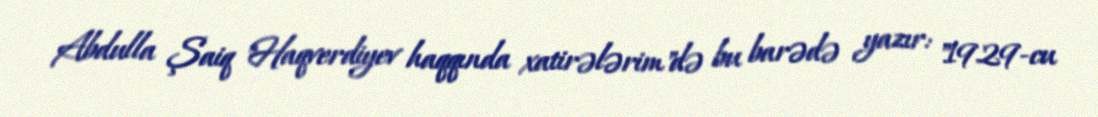
Abdulla Şaiq "Haqverdiyev haqqında xatirələrim"də bu barədə yazır: "1929-cu